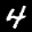
Label: 4